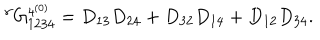
{ } ^ { \gamma } G _ { 1 2 3 4 } ^ { { 4 } ^ { ( 0 ) } } = D _ { 1 3 } D _ { 2 4 } + D _ { 3 2 } D _ { 1 4 } + D _ { 1 2 } D _ { 3 4 } .